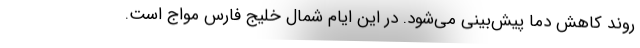
روند کاهش دما پیش‌بینی می‌شود. در این ایام شمال خلیج فارس مواج است.